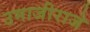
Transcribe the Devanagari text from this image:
उमाजीराजे